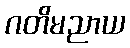
ဂတိမညာယ